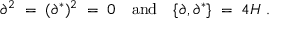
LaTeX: \partial ^ { 2 } \; = \; ( \partial ^ { * } ) ^ { 2 } \; = \; 0 \quad \mathrm { a n d } \quad \{ \partial , \partial ^ { * } \} \; = \; 4 H \ .